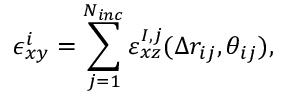
\epsilon _ { x y } ^ { i } = \sum _ { j = 1 } ^ { N _ { i n c } } \varepsilon _ { x z } ^ { I , j } ( \Delta r _ { i j } , \theta _ { i j } ) ,